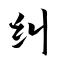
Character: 纠